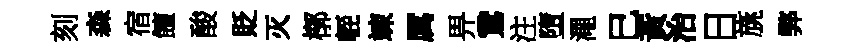
刻森宿饘酸貶灭槨䡖竦厲畀鵞注墮澠巳黃治日旐弊